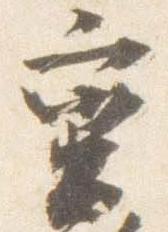
蛮